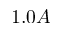
1 . 0 A